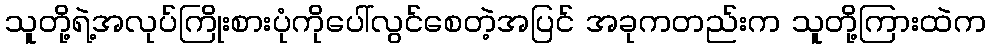
သူတို့ရဲ့အလုပ်ကြိုးစားပုံကိုပေါ်လွင်စေတဲ့အပြင် အခုကတည်းက သူတို့ကြားထဲက